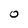
Character: o